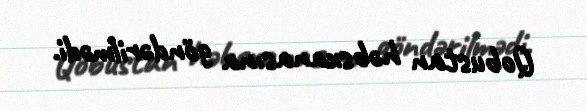
Qobustan həbsxanasına göndərilmədi.